Preliminary report on the development of the Leishman-Donovan body in the bed bug - Number 27
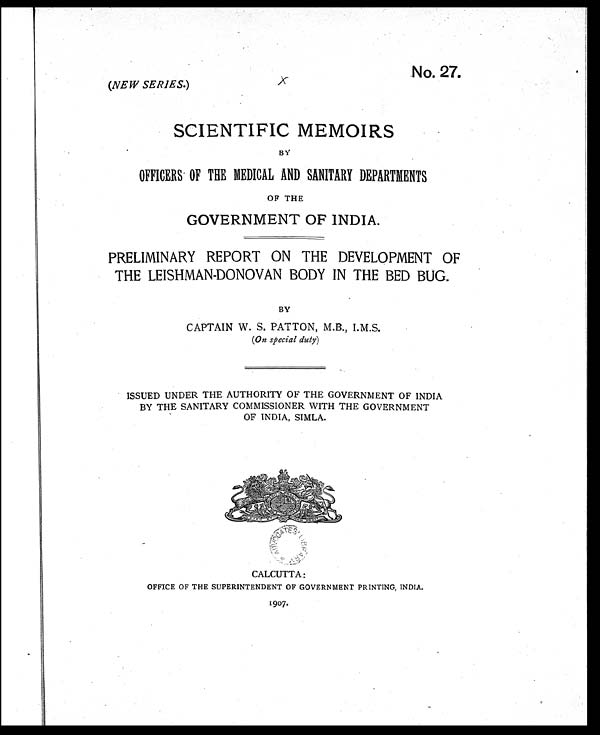
No 27
(NEW SERIES.)
SCIENTIFIC MEMOIRS
BY
OFFICERS OF THE MEDICAL AND SANITARY DEPARTMENTS
OF THE
GOVERNMENT OF INDIA.
PRELIMINARY REPORT ON THE DEVELOPMENT OF
THE LEISHMAN-DONOVAN BODY IN THE BED BUG.
BY
CAPTAIN W. S. PATTON, M.B., I.M.S.
(On special duty)
ISSUED UNDER THE AUTHORITY OF THE GOVERNMENT OF INDIA
BY THE SANITARY COMMISSIONER WITH THE GOVERNMENT
OF INDIA, SIMLA.
CALCUTTA:
OFFICE OF THE SUPERINTENDENT OF GOVERNMENT PRINTING, INDIA.
1907.